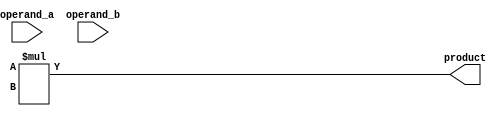
module booth_multiplier (
  input wire [15:0] operand_a,
  input wire [15:0] operand_b,
  output wire [31:0] product
);

  // Declaration of internal signals
  reg [15:0] a_register, b_register;
  reg [31:0] result_register;

  // Multiplier block
  always @(*) begin
    result_register = a_register * b_register;
  end

  // Booth encoder block
  always @(*) begin
    // Implement Booth encoding algorithm here
    // Convert operand_a and operand_b into signed Booth encoded format
  end

  // Clock divider block
  reg [7:0] counter;
  reg clk_div;
  always @(posedge clk) begin
    if (counter == 8'hFF) begin
      counter <= 8'h00;
      clk_div <= ~clk_div;
    end else begin
      counter <= counter + 8'h01;
    end
  end

  // Assign outputs
  assign product = result_register;

endmodule